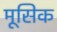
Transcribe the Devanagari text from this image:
मूसिक